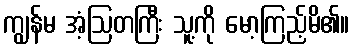
ကျွန်မ အံ့ဩတကြီး သူ့ကို မော့ကြည့်မိ၏။